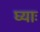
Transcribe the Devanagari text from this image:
घ्‍याः